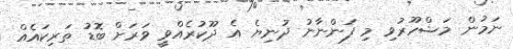
ނަމުން މަޝްހޫރުވި މި ފަންނާނު ދުނިޔެ އެ ދޫކުރެއްވީ ވަރަށް ބޮޑު ތަރިކައެއް